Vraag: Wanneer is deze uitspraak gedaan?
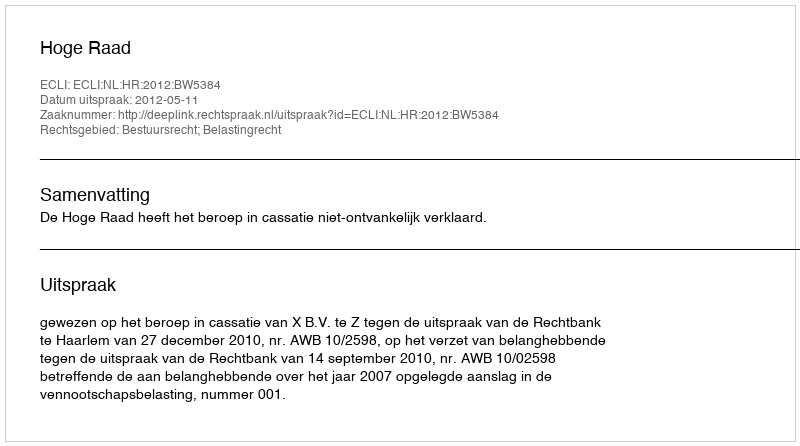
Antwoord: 2012-05-11